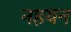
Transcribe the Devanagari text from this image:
नहयन